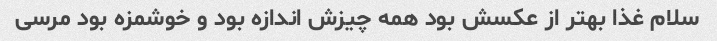
سلام غذا بهتر از عکسش بود همه چیزش اندازه بود و خوشمزه بود مرسی